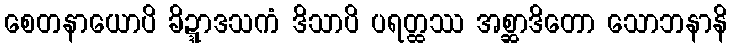
စေတနာယောပိ ခိဍ္ဍာဒသကံ ဒိသာပိ ပရတ္ထဿ အစ္ဆာဒိတော သောဘနာနိ